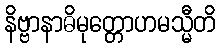
နိဗ္ဗာနာဓိမုတ္တောဟမသ္မီတိ